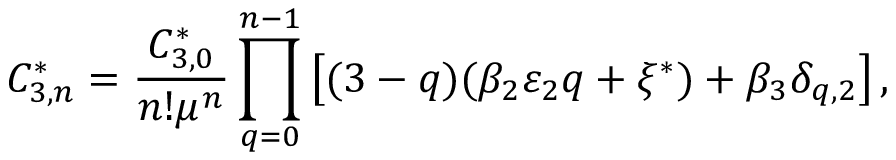
C _ { 3 , n } ^ { * } = \frac { C _ { 3 , 0 } ^ { * } } { n ! \mu ^ { n } } \prod _ { q = 0 } ^ { n - 1 } \left[ ( 3 - q ) ( \beta _ { 2 } \varepsilon _ { 2 } q + \xi ^ { * } ) + \beta _ { 3 } \delta _ { q , 2 } \right] ,